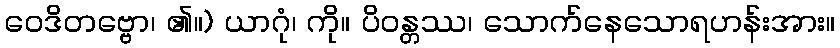
ဝေဒိတဗ္ဗော၊ ၏။) ယာဂုံ၊ ကို။ ပိဝန္တဿ၊ သောက်နေသောရဟန်းအား။